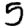
Digit: 5